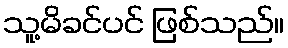
သူ့မိခင်ပင် ဖြစ်သည်။